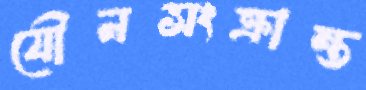
যৌনসংক্রান্ত